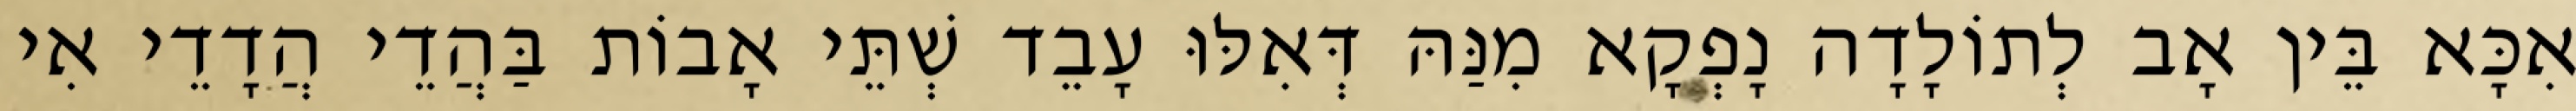
אִכָּא בֵּין אָב לְתוֹלָדָה נָפְקָא מִנַּהּ דְּאִלּוּ עָבֵד שְׁתֵּי אָבוֹת בַּהֲדֵי הֲדָדֵי אִי